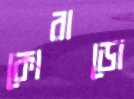
কোরাডো